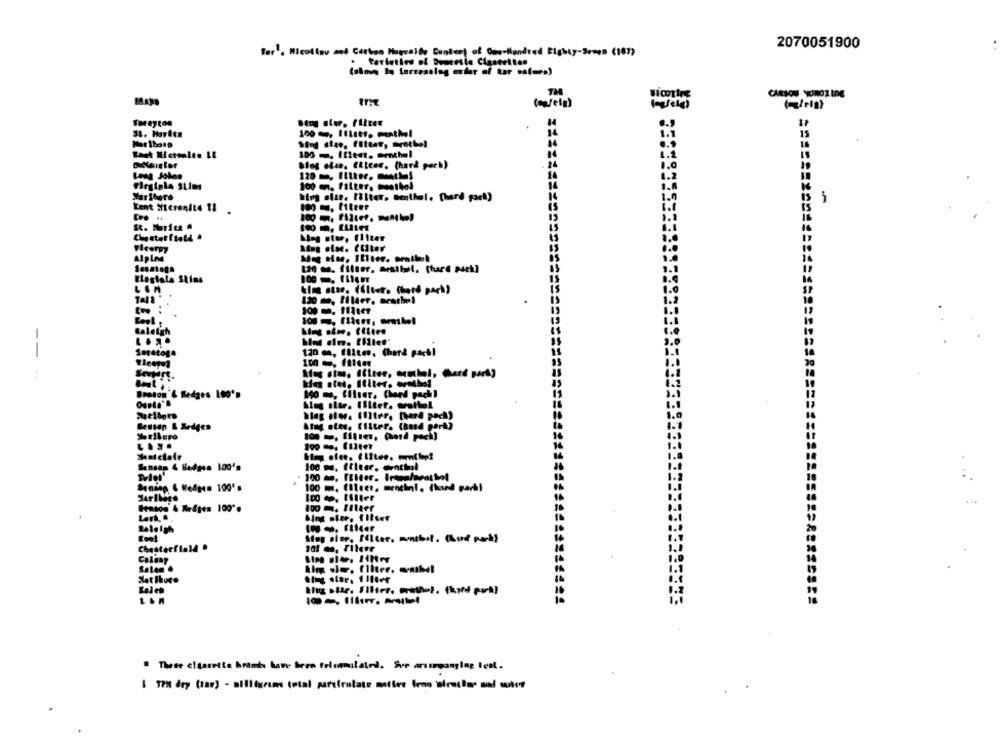
2070051900
For'. Micolinu and Carbon Magenide Content of One Hundred Eighty-Seven (187)
. tarletiva of Duanesie Ciaserites
TM
CARTON WOROZ IDE
(m/ela)
Toreyton
St. Marien
100 , Illstr. menthol
15
44
$1
100 . Ifent. erchul
24
Slog ofse, Elleer, (hard pach)
19
100 m. filter. menthol
14
Marlboro
hing alte. Filter, Benthal. [hard gael)
Kent Micronite 11
100 . fiteer
King oter, Fliter
Flcergy
AIPIM
120 m. filter. Mathel. (hard msek]
ILegisla Stins
120 m, Iller. arachel
Raleigh
--
Saratoga
120 m, filter, Cher& pacht
ho stet. Iliter. ermthe
Braton & Bedges Leo's
190 , filter. (hand gach)
Benson & Redges
Atug oles, filter. (and pork?
Matchale
king ofee. (litee. m.he!
Sansap & Bedges 100's
100 m. filter. enthal
...
100 . Illier
Sap site, filter, monthal. (And ph)
Chesterfield .
Colony
Salam .
. These eltarette broms have been felcamilated. Sur arsurmanylag ten.
[ TP dry (tar) - milligrams total parsleutate matter leon Director and outer